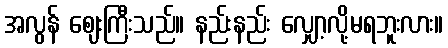
အလွန် ဈေးကြီးသည်။ နည်းနည်း လျှော့လို့မရဘူးလား။